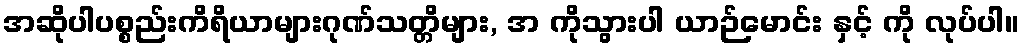
အဆိုပါပစ္စည်းကိရိယာများဂုဏ်သတ္တိများ, အ ကိုသွားပါ ယာဉ်မောင်း နှင့် ကို လုပ်ပါ။